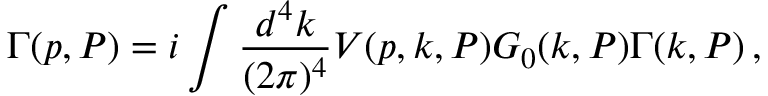
\Gamma ( p , P ) = i \int \frac { d ^ { 4 } k } { ( 2 \pi ) ^ { 4 } } V ( p , k , P ) G _ { 0 } ( k , P ) \Gamma ( k , P ) \, ,